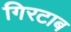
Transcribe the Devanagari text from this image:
गिरटाब